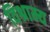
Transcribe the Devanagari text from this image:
विश्राम्य